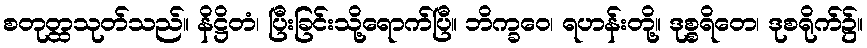
စတုတ္ထသုတ်သည်။ နိဋ္ဌိတံ၊ ပြီးခြင်းသို့ရောက်ပြီ။ ဘိက္ခဝေ၊ ရဟန်းတို့။ ဒုစ္စရိတေ၊ ဒုစရိုက်၌။